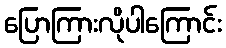
ပြောကြားလိုပါကြောင်း